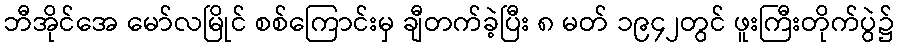
ဘီအိုင်အေ မော်လမြိုင် စစ်ကြောင်းမှ ချီတက်ခဲ့ပြီး ၈ မတ် ၁၉၄၂တွင် ဖူးကြီးတိုက်ပွဲ၌